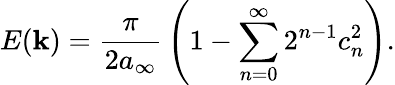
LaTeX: E(\mathbf{k})={\frac{{\pi}}{{2a_{\infty}}}}\left(1-\sum_{n=0}^{\infty}2^{n-1}c_{n}^{2}\right).